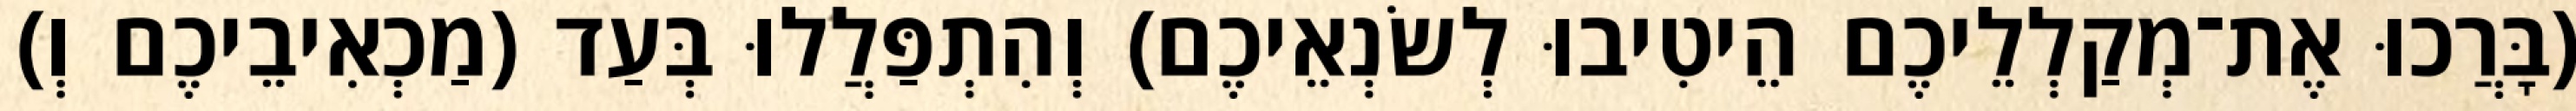
(בָּרֲכוּ אֶת־מְקַלְלֵיכֶם הֵיטִיבוּ לְשׂנְאֵיכֶם) וְהִתְפַּלֲלוּ בְּעַד (מַכְאִיבֵיכֶם וְ)